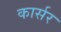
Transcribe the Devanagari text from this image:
कार्सर